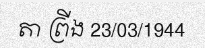
តា ព្រីង 23/03/1944